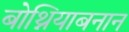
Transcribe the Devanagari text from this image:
बोथ्नियाबनान